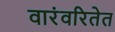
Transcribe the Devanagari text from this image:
वारंवरितेत